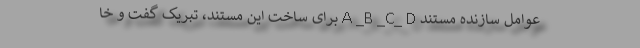
عوامل سازنده مستند A _B _C_ D برای ساخت این مستند، تبریک گفت و خا